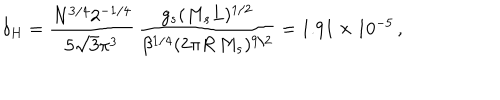
\delta _ { H } = { \frac { N ^ { 3 / 4 } 2 ^ { - 1 / 4 } } { 5 \sqrt 3 \pi ^ { 3 } } } \, { \frac { g _ { s } ( M _ { s } L ) ^ { 1 / 2 } } { \beta ^ { 1 / 4 } ( 2 \pi R \, M _ { s } ) ^ { 9 / 2 } } } = 1 . 9 1 \times 1 0 ^ { - 5 } \, ,